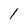
Character: 1